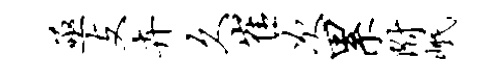
亟支卉久崔次累附岷